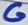
Text: G